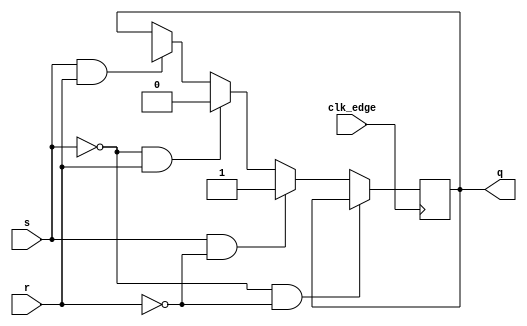
`timescale 1ns / 1ps
module SR_CLK(
    input s,
    input r,
    input clk_edge,
    output reg q
    );
    always @(posedge clk_edge)
        begin
           if(clk_edge == 1)
           if(s==1'b0 && r==1'b0)
           q<=q;
           
           else if(s==1'b1 && r==1'b0)
           q<=1'b1;
           
           else if(s==1'b0 && r==1'b1)
           q<=1'b0;
           
           else if(s==1'b1 && r==1'b1)
           q<=1'bx;
        end 
endmodule

module d_ff(
    input d,
    input clk_sig,
    output reg q,
    output reg q_prime
    );
    
    always@(posedge clk_sig)
    begin
        if(clk_sig == 0 && d == 0)
            q <= q;
        if(clk_sig == 0 && d == 1)
            q <= q;
        if(clk_sig == 1 && d == 0)
            q <= d;
        if(clk_sig == 1 && d == 1)
            q <= d;
    end
endmodule